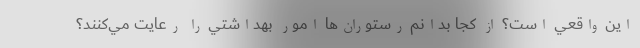
اين واقعي است؟ از كجا بدانم رستوران‌ها امور بهداشتي را رعايت مي‌كنند؟